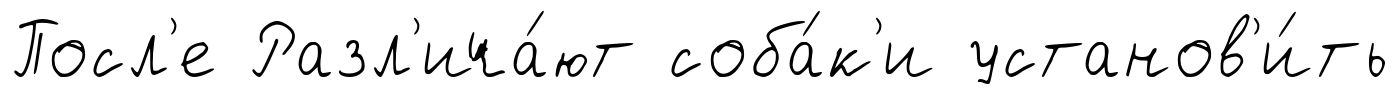
Посл'е Разл'ича́ют соба́к'и установ'и́ть